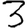
Digit: 3